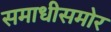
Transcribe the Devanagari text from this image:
समाधीसमोर